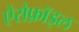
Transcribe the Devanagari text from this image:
ऐरोफ़ॉइल